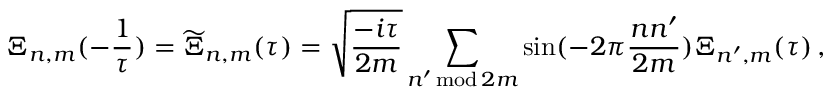
\Xi _ { n , m } ( - \frac { 1 } { \tau } ) = \widetilde { \Xi } _ { n , m } ( \tau ) = \sqrt { \frac { - i \tau } { 2 m } } \sum _ { n ^ { \prime } \, \mathrm { m o d } \, 2 m } \sin ( - 2 \pi \frac { n n ^ { \prime } } { 2 m } ) \Xi _ { n ^ { \prime } , m } ( \tau ) \, ,